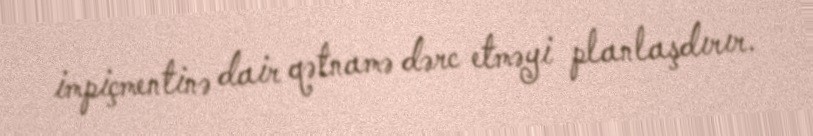
impiçmentinə dair qətnamə dərc etməyi planlaşdırır.